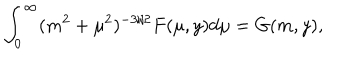
LaTeX: \int _ { 0 } ^ { \infty } ( m ^ { 2 } + \mu ^ { 2 } ) ^ { - 3 / 2 } F ( \mu , y ) d \mu = G ( m , y ) ,